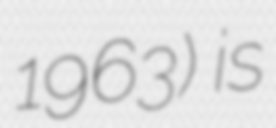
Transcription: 1963) is